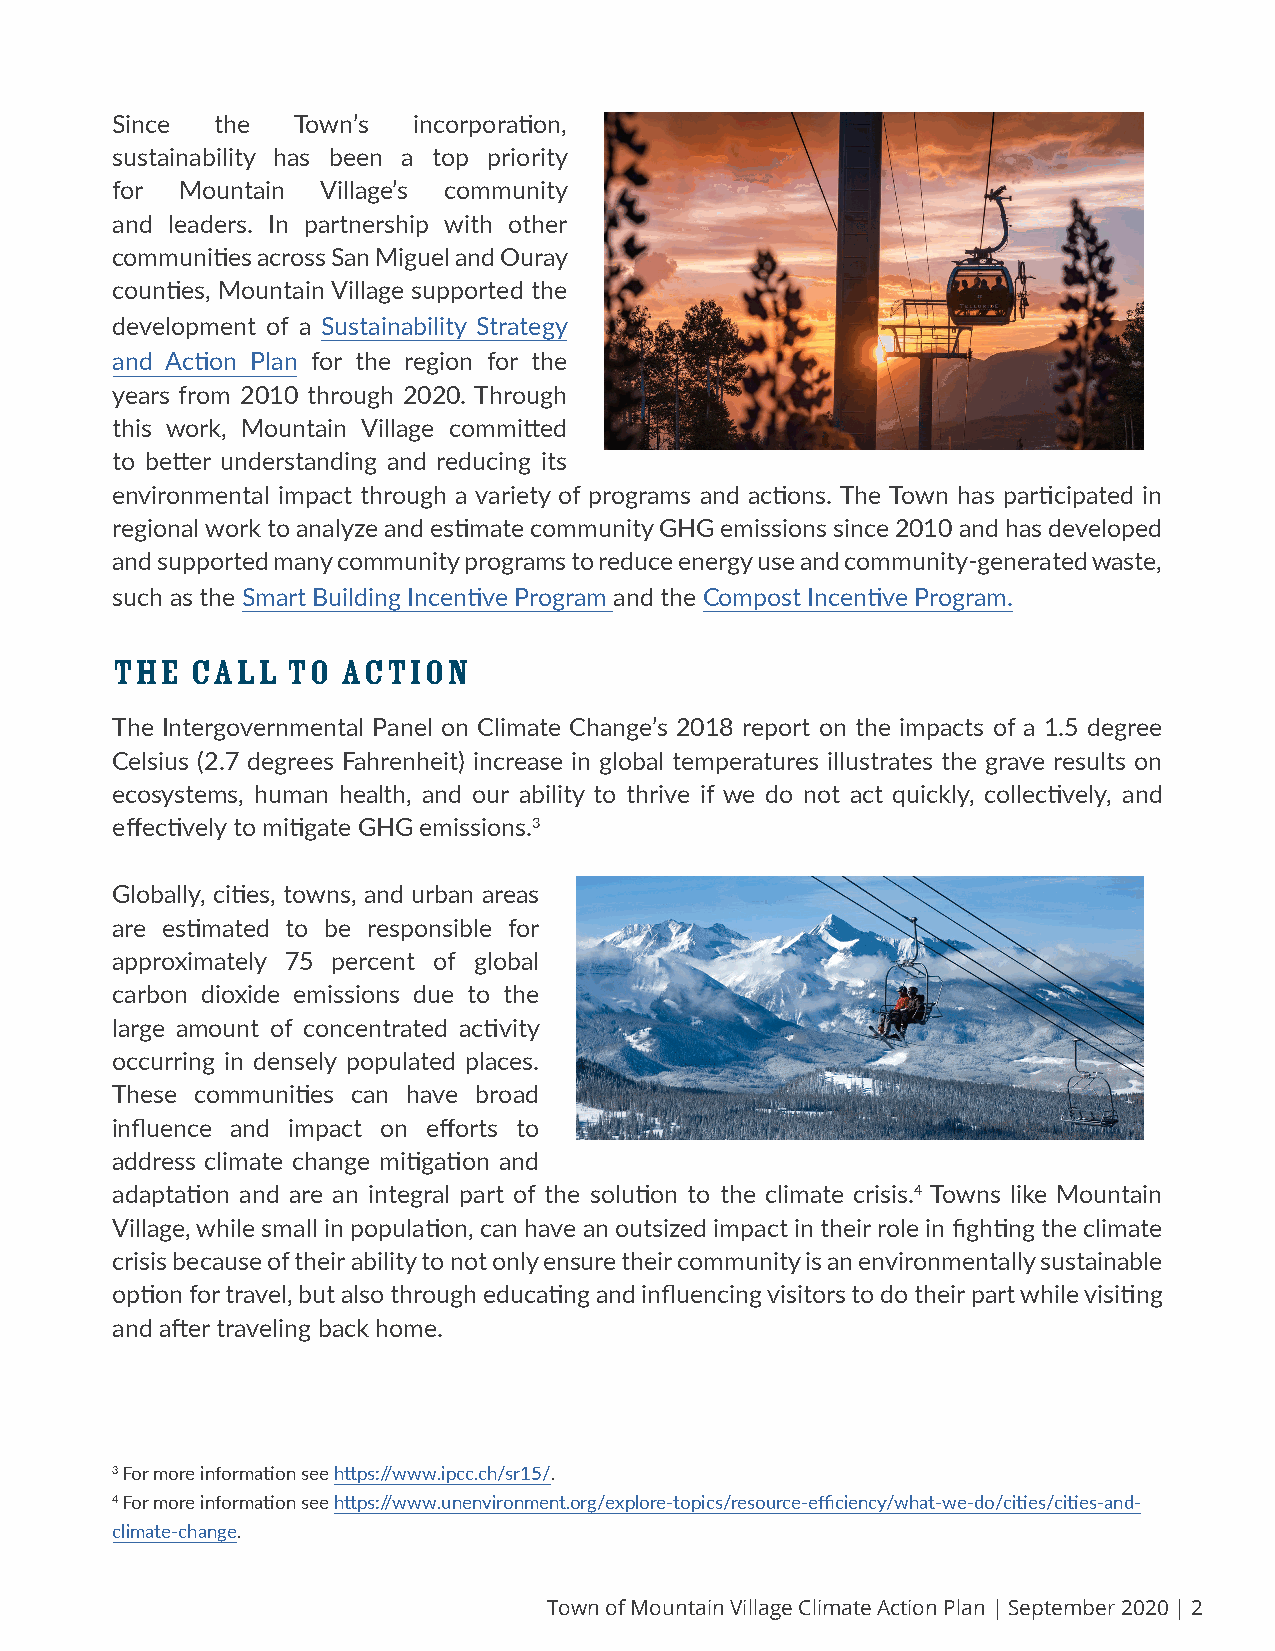
Since  the   Town’s incorporation,
 sustainability has been a top priority
 for  Mountain Village’s community
 and leaders. In partnership with other
 communities across San Miguel and Ouray
 counties, Mountain Village supported the
 development of a Sustainability Strategy
 and Action Plan for the region for the
 years from 2010 through 2020. Through
 this work, Mountain Village committed
 to better understanding and reducing its
 environmental impact through a variety of programs and actions. The Town has participated in
 regional work to analyze and estimate community GHG emissions since 2010 and has developed
 and supported many community programs to reduce energy use and community-generated waste,
 such as the Smart Building Incentive Program and the Compost Incentive Program.
 THE   CALL  TO  ACTION
 The Intergovernmental Panel on Climate Change’s 2018 report on the impacts of a 1.5 degree
 Celsius (2.7 degrees Fahrenheit) increase in global temperatures illustrates the grave results on
 ecosystems, human health, and our ability to thrive if we do not act quickly, collectively, and
 effectively to mitigate GHG emissions.3
 Globally, cities, towns, and urban areas
 are estimated to be responsible for
 approximately 75 percent of global
 carbon dioxide emissions due to the
 large amount of concentrated activity
 occurring in densely populated places.
 These communities can have broad
 influence and impact on efforts to
 address climate change mitigation and
 adaptation and are an integral part of the solution to the climate crisis.4 Towns like Mountain
 Village, while small in population, can have an outsized impact in their role in fighting the climate
 crisis because of their ability to not only ensure their community is an environmentally sustainable
 option for travel, but also through educating and influencing visitors to do their part while visiting
 and after traveling back home.
 3 For more information see https://www.ipcc.ch/sr15/.
 4 For more information see https://www.unenvironment.org/explore-topics/resource-efficiency/what-we-do/cities/cities-and-
 climate-change.
 Town of Mountain Village Climate Action Plan | September 2020 | 2